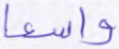
واسعا